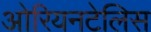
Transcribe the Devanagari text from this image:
ओरियनटेलिस